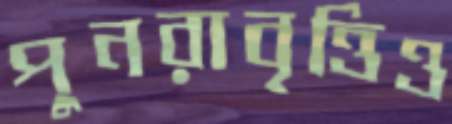
পুনরাবৃত্তিও